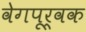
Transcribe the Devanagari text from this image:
वेगपूर्वक